Problem: 9 × 5 = ?
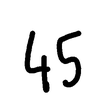
Handwritten answer: 45